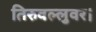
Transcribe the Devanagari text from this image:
तिरुवल्लुवर।